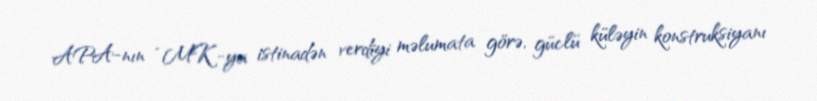
APA-nın “MK”-ya istinadən verdiyi məlumata görə, güclü küləyin konstruksiyanı